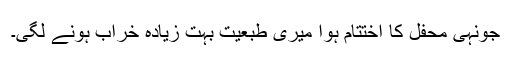
جونہی محفل کا اختتام ہوا میری طبعیت بہت زیادہ خراب ہونے لگی۔